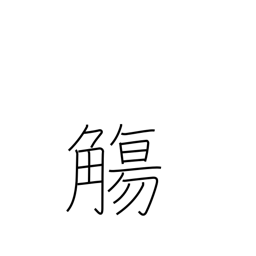
Meaning: cup